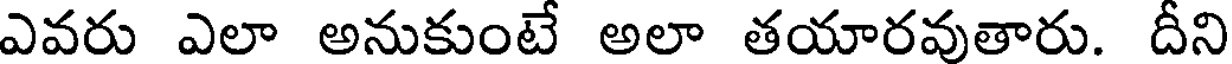
ఎవరు ఎలా అనుకుంటే అలా తయారవుతారు. దీని